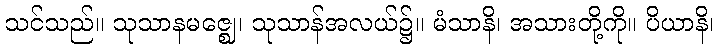
သင်သည်။ သုသာနမဇ္ဈေ၊ သုသာန်အလယ်၌။ မံသာနိ၊ အသားတို့ကို။ ပိယာနိ၊